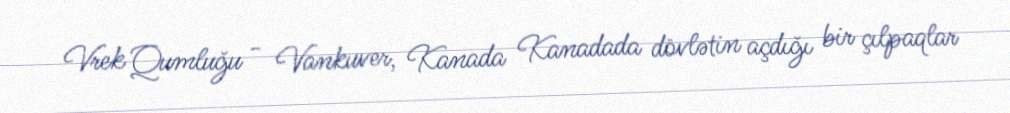
Vrek Qumluğu - Vankuver, Kanada Kanadada dövlətin açdığı bir çılpaqlar